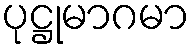
ပုဋ္ဌုမာဂမာ